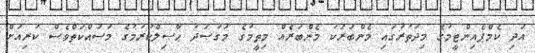
އަދި ކެމްޕެއިންޓީމުގެ މިދަތުރުގައި މެންބަރަކު މެންބަރެއް މިތީމުގެ މަގުޞަދު ޙާޞިލްކުރުމުގެ މަސައްކަތްވެސް ކުރިއަށް